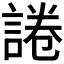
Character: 𰴽